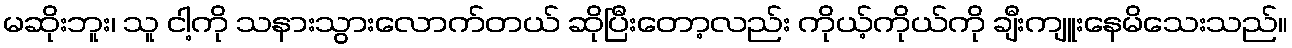
မဆိုးဘူး၊ သူ ငါ့ကို သနားသွားလောက်တယ် ဆိုပြီးတော့လည်း ကိုယ့်ကိုယ်ကို ချီးကျူးနေမိသေးသည်။